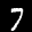
Label: 7